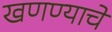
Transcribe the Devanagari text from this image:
खणण्याचे